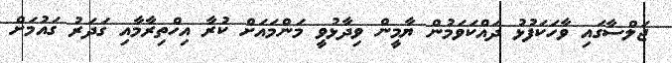
ޖަލްސާގައި ވާހަކަފުޅު ދައްކަވަމުން ޔާމީން ވިދާޅުވީ މަންމައަށް ކުރާ އިހްތިރާމާއި ގަދަރު ގައުމަށް